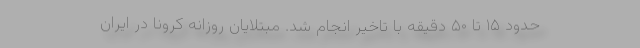
حدود ۱۵ تا ۵۰ دقیقه با تاخیر انجام شد. مبتلایان روزانه کرونا در ایران